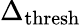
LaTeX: \Delta_{\mathrm{thresh}}